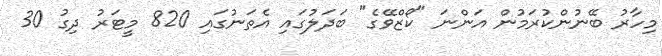
މިހާރު ބޭނުންކުރަމުން އަންނަ "ކޯޒްވޭގެ" ބަދަލުގައި އެތަނުގައި 820 މީޓަރު ދިގު 30